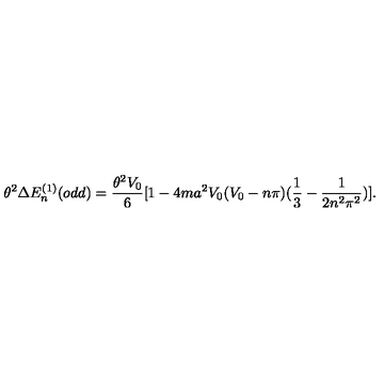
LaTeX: \theta ^ { 2 } \Delta E _ { n } ^ { ( 1 ) } ( o d d ) = \frac { \theta ^ { 2 } V _ { 0 } } { 6 } [ 1 - 4 m a ^ { 2 } V _ { 0 } ( V _ { 0 } - n \pi ) ( \frac { 1 } { 3 } - \frac { 1 } { 2 n ^ { 2 } \pi ^ { 2 } } ) ] .